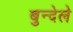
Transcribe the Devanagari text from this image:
बुन्देले